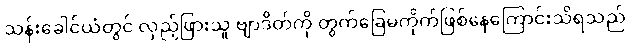
သန်းခေါင်ယံတွင် လှည့်ဖြားသူ ဗျာဒိတ်ကို တွက်ခြေမကိုက်ဖြစ်နေကြောင်းသိရသည်